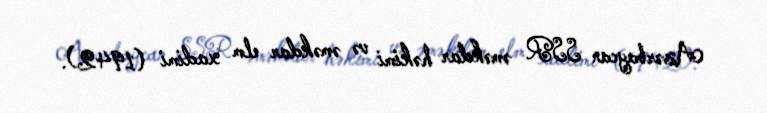
Azərbaycan SSR əməkdar həkimi və əməkdar elm xadimi (1942).